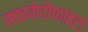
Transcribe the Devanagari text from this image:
साइकेडोफाइटा